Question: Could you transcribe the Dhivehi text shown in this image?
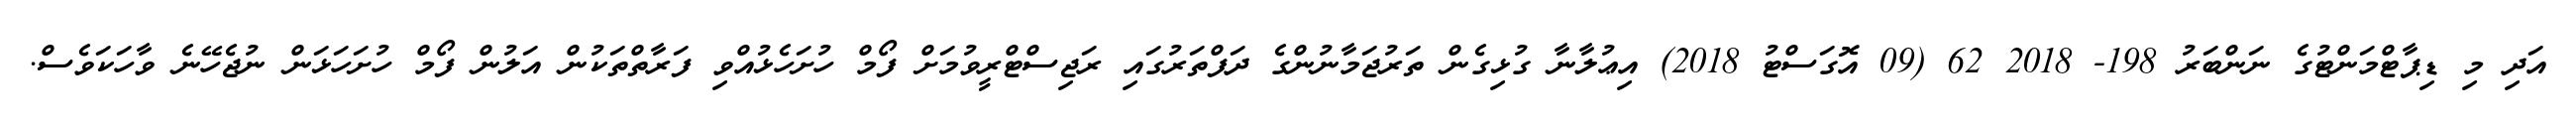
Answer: އަދި މި ޑިޕާޓްމަންޓުގެ ނަންބަރު 198- 2018 62 (09 އޮގަސްޓު 2018) އިޢުލާނާ ގުޅިގެން ތަރުޖަމާނުންގެ ދަފްތަރުގައި ރަޖިސްޓްރީވުމަށް ފޯމް ހުށަހެޅުއްވި ފަރާތްތަކުން އަލުން ފޯމް ހުށަހަޅަން ނުޖެހޭނެ ވާހަކަވެސް.